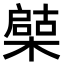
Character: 𣚩